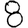
Digit: 8